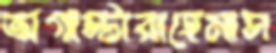
অগাস্টারাহেমাস